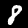
Label: 8